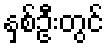
နှစ်ဦးတွင်